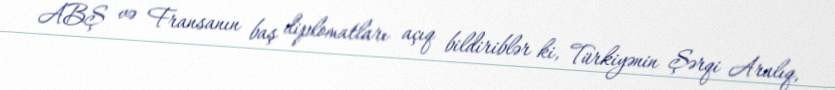
ABŞ və Fransanın baş diplomatları açıq bildiriblər ki, Türkiyənin Şərqi Aralıq,